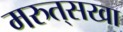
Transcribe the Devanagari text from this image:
मरुत्‌सखा